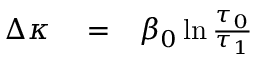
\begin{array} { r l r } { \Delta \kappa } & { { } = } & { \beta _ { 0 } \ln { \frac { \tau _ { 0 } } { \tau _ { 1 } } } } \end{array}